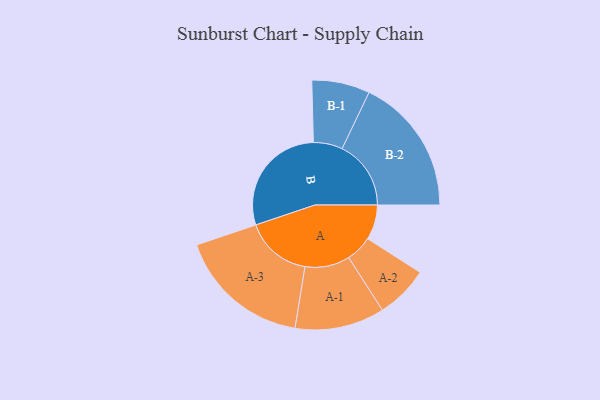
{"axis": {"x": "Segment", "y": "Value"}, "legend": ["", "A", "B"], "data": [{"x": "A", "y": 148, "type": ""}, {"x": "B", "y": 486, "type": ""}, {"x": "A-1", "y": 190, "type": "A"}, {"x": "A-2", "y": 112, "type": "A"}, {"x": "A-3", "y": 282, "type": "A"}, {"x": "B-1", "y": 123, "type": "B"}, {"x": "B-2", "y": 292, "type": "B"}]}